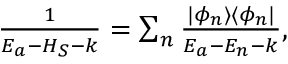
\begin{array} { r } { \frac { 1 } { E _ { a } - H _ { S } - k } = \sum _ { n } \frac { | \phi _ { n } \rangle \langle \phi _ { n } | } { E _ { a } - E _ { n } - k } , } \end{array}